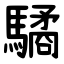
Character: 驈